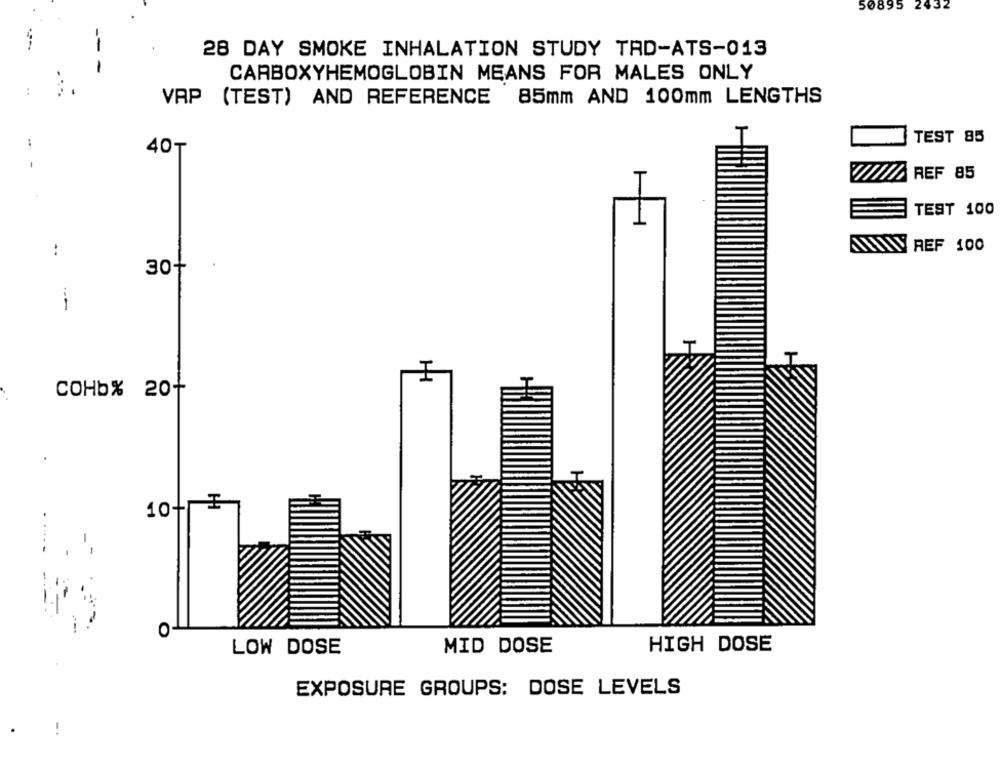
50895 2432
28 DAY SMOKE INHALATION STUDY TAD-ATS-013
-
CARBOXYHEMOGLOBIN MEANS FOR MALES ONLY
VAP (TEST) AND REFERENCE 85mm AND 100mm LENGTHS
TEST 85
..
40₸
REF 85
TEST 100
:
REF 100
30+
---
COHb%
20+
10+
.
O
HIGH DOSE
LOW DOSE
MID DOSE
EXPOSURE GROUPS: DOSE LEVELS